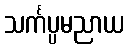
သင်္ကပ္ပမညာယ